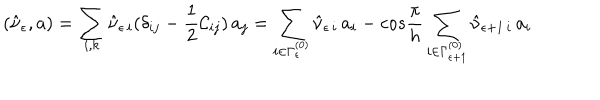
LaTeX: ( \hat { \nu } _ { \epsilon } , a ) = \sum _ { i , k } \hat { \nu } _ { \epsilon \, i } ( \delta _ { i j } - \frac { 1 } { 2 } { \cal C } _ { i j } ) \, a _ { j } = \sum _ { i \in \Gamma _ { \epsilon } ^ { ( 0 ) } } \hat { \nu } _ { \epsilon \, i } \, a _ { i } - c o s \frac { \pi } { h } \sum _ { i \in \Gamma _ { \epsilon + 1 } ^ { ( 0 ) } } \hat { \nu } _ { \epsilon + 1 \, i } \, a _ { i }